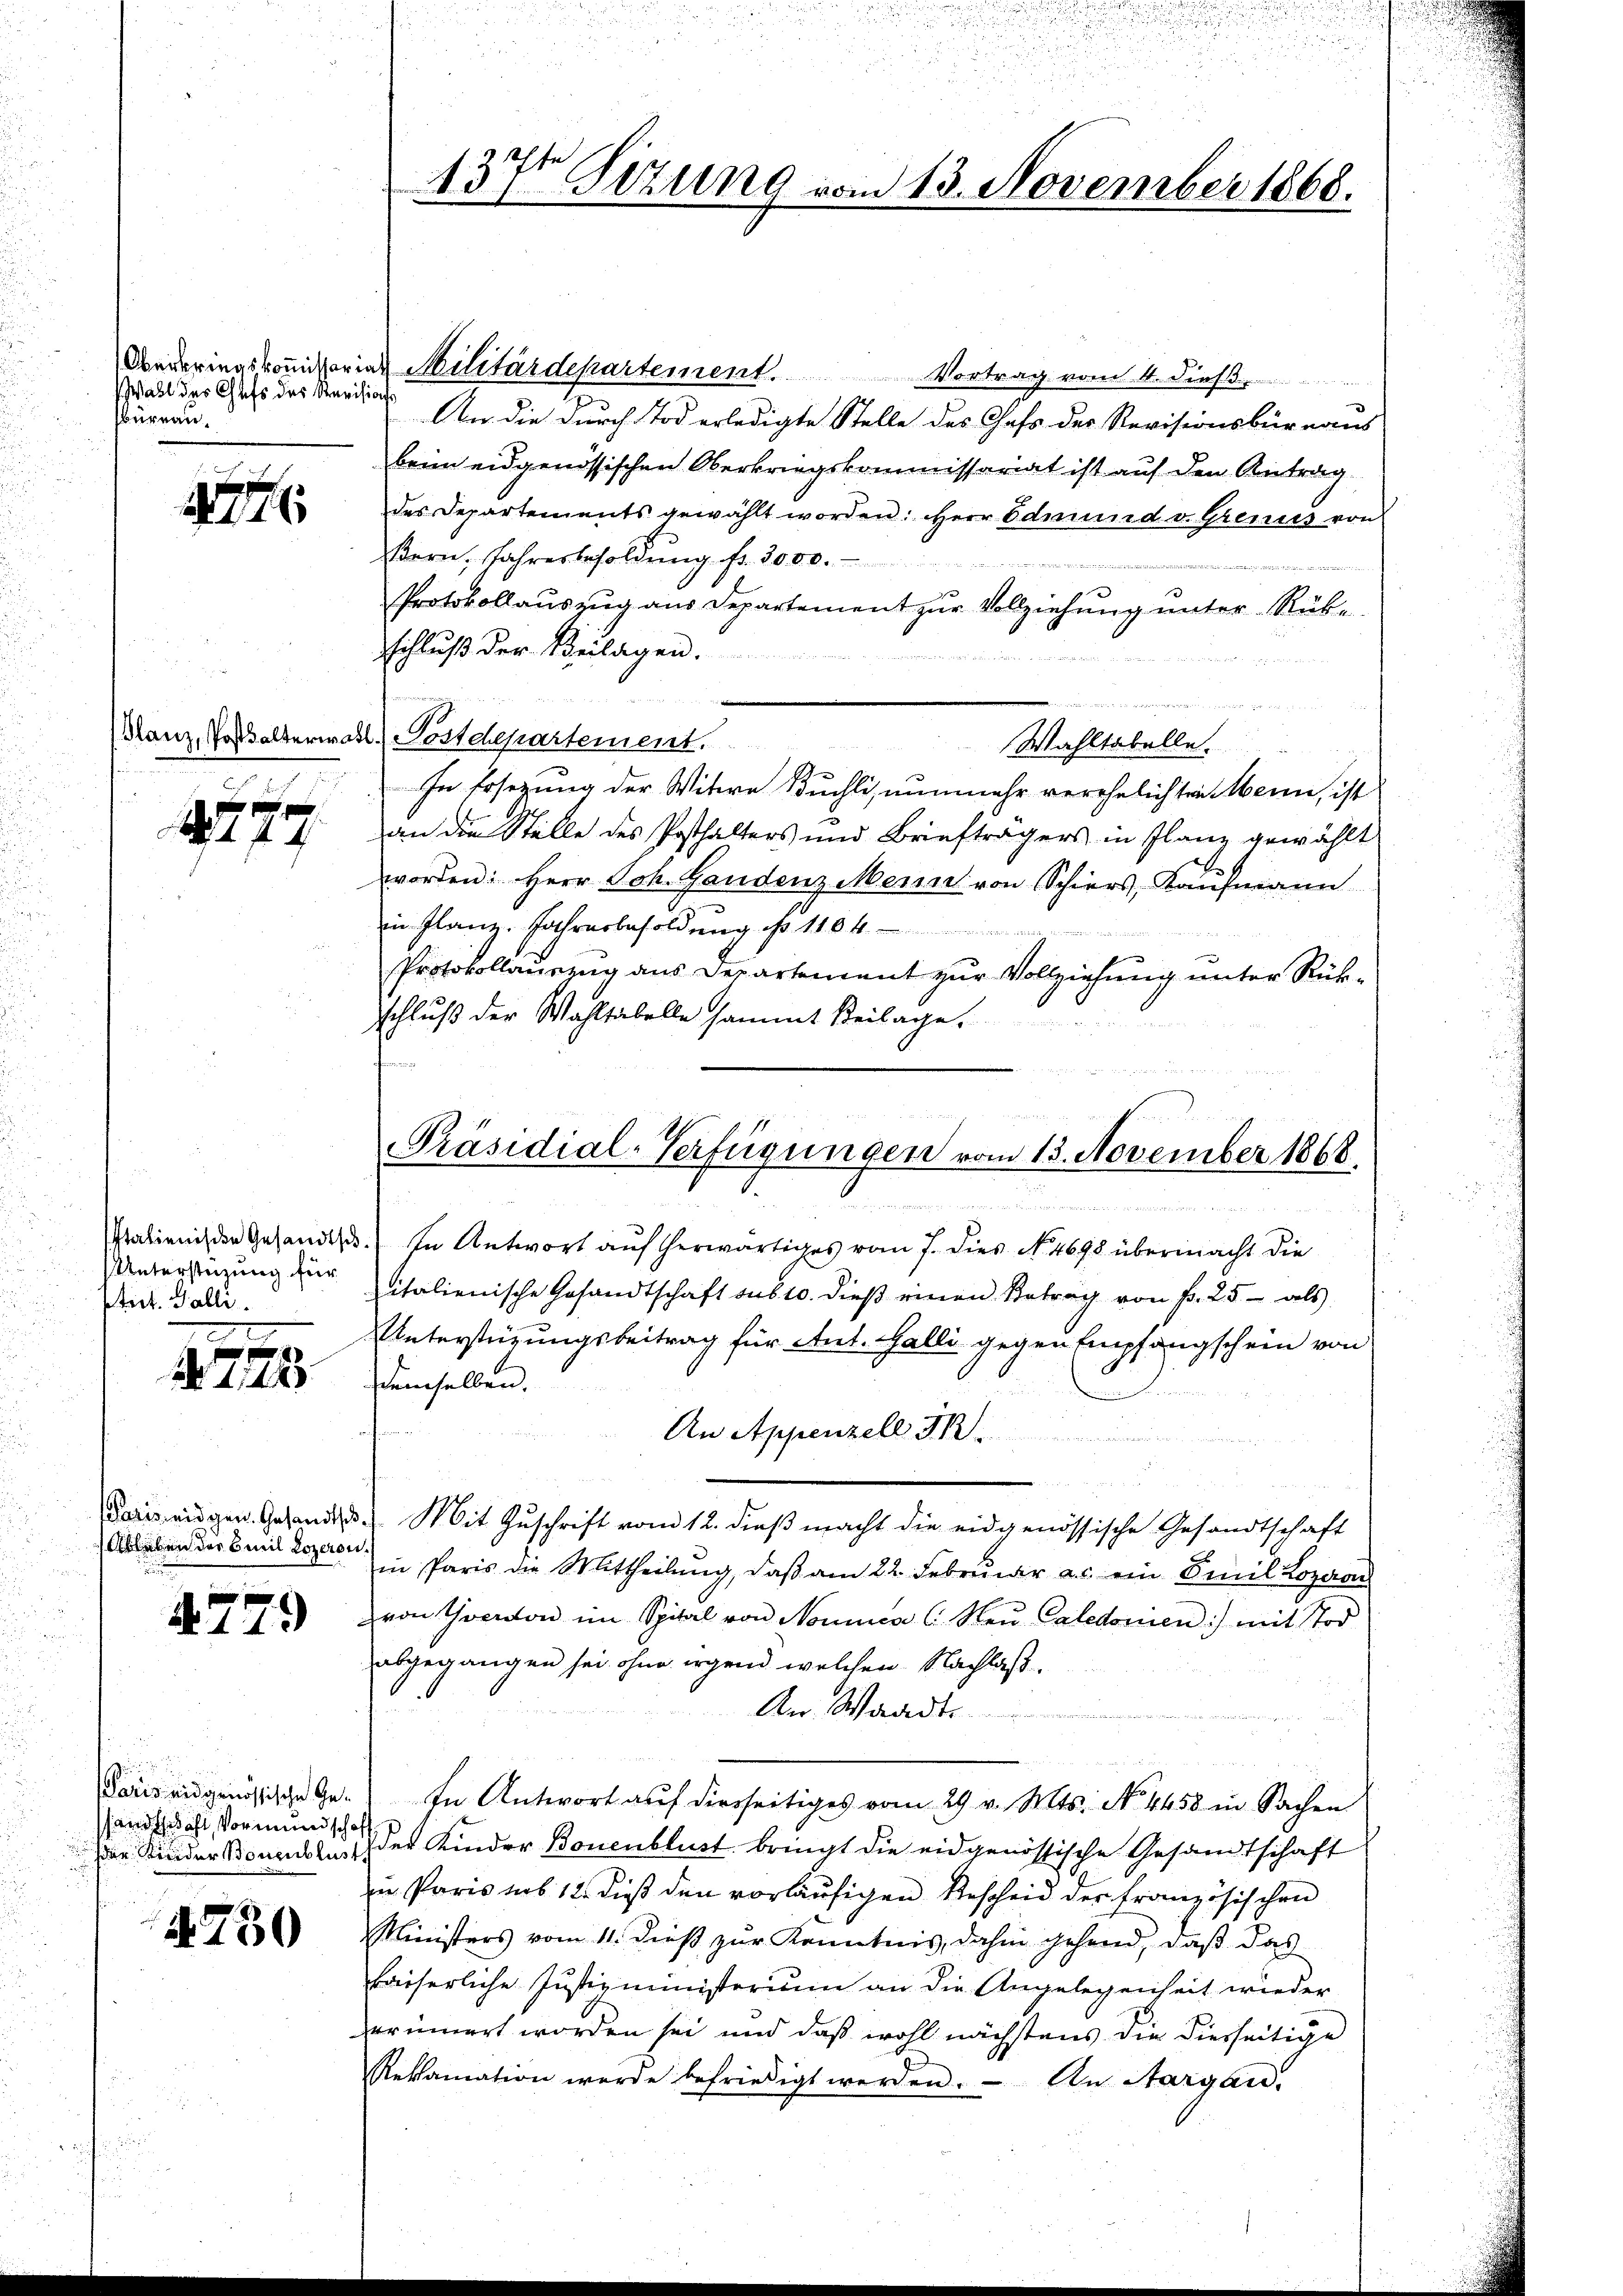
Wahl des Chefs des Revisions
Bureau.

17

Glanz, Postsalterwal
e
f

1 f 4

Unterstüzung für
stet. Galli

.
 448

) Ableben der Emil Lozeron.

4779

andschaft, Vormundschaft

4730

Italienis den Gesandtsch. In Antwort auf herwärtiges vom 7. dies N. 4698 übermacht die
italienische Gesandtschaft sub 10. dieβ einen Betrag von fr. 25- als
Unterstützungsbeitrag für Ant. Galli gegen Empfangschein von
demselben.
An Appenzell
 Du den
daris eidgen. Gesandts Mit Zuschrift vom 12. dieß macht die eidgenössische Gesandtschaft
in Paris die Mittheilŭng, daβ am 22. Febrŭar a. ein Emil Lozaan
von Yverdon im Spital von Nomines C. Neŭ Caledoren) mit sod
abgegangen sei ohne irgend welchen Nachlaß.
An Waadt
Paris eidgenössische Ge- In Antwort aŭf diesseitiges vom 29. v. Mts. No. 4458 in Sachen
der Kinder Bonnslust der Kinder Bonenblust bringt die eidgenössische Gesandtschaft
zu Paris sub 12. dieß den vorläufigen Bescheid der französischen
Ministers vom 11. dieß zur Kenntnis, dahin gehend, daß das
kaiserliche Justizministerium an die Angelegenheit wieder
erinnert worden sei und daß wohl nächstens die diesseitige
Reklamation werde befriedigt werden. - An Margau.

d
13. Sizung vom 13. November 1868.

Vortrag vom 4. dies
An die durch Tod erledigte Stelle des Cass der Revisionsbüreaus
beim eidgenössischen Oberkriegskommissariat ist auf den Antrag
des Departements gewählt worden: Herr Edmund v. Grenis von
βern, Jahresbesoldŭng fr. 3000.
Protokollaŭszŭg aŭs Departement zŭr Vollziehŭng ŭnter Rübe.
schluß der Beilagen.

.
2. Postchepartement.
Wahltabelle.
In Ersezung der Witwe Buchli, nunmehr verehelichten Werne, ist
an die Stelle des Posthalters und Briefträgers in Planz gewählt
worden: Herr Joh. Gandenz Mein von Schiers, Kaufmann
in Flanz. Jahresbesoldung No 118. 4
Protokollauszug aus Departement zur Vollziehung unter Rükschluß der Wahltabelle sammt Beilage.

Oederingskommissarias Militärdepartement.

.

u

Präsidial-Verfügungen vom 13. November 1868
t